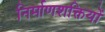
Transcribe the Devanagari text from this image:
निर्माणशक्तियों